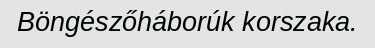
Böngészőháborúk korszaka.